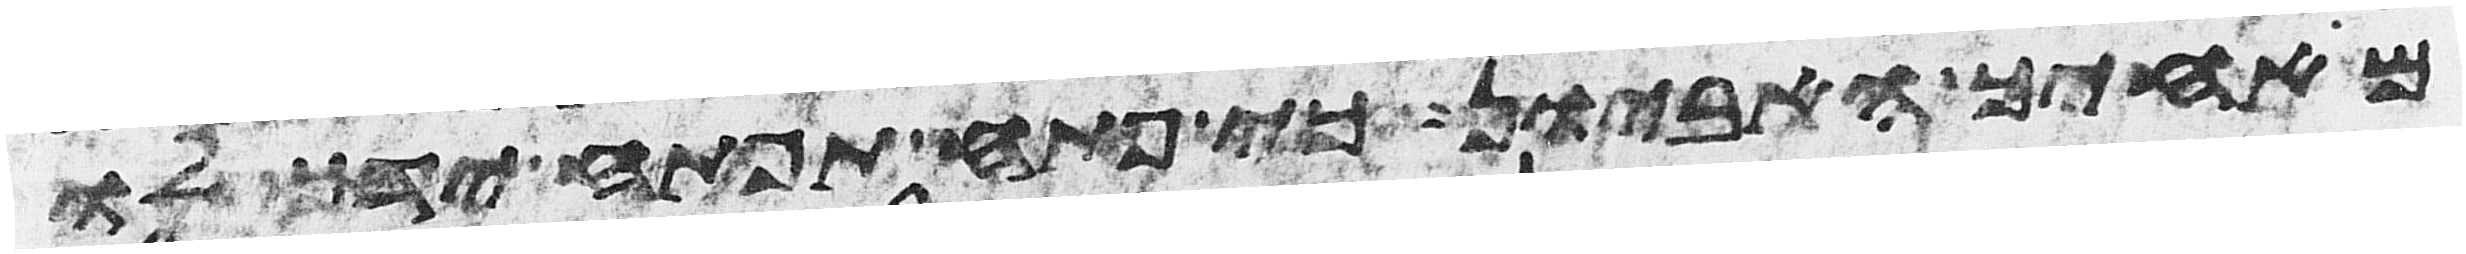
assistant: מאחיך האביון כי פתח תפתח ידך לו